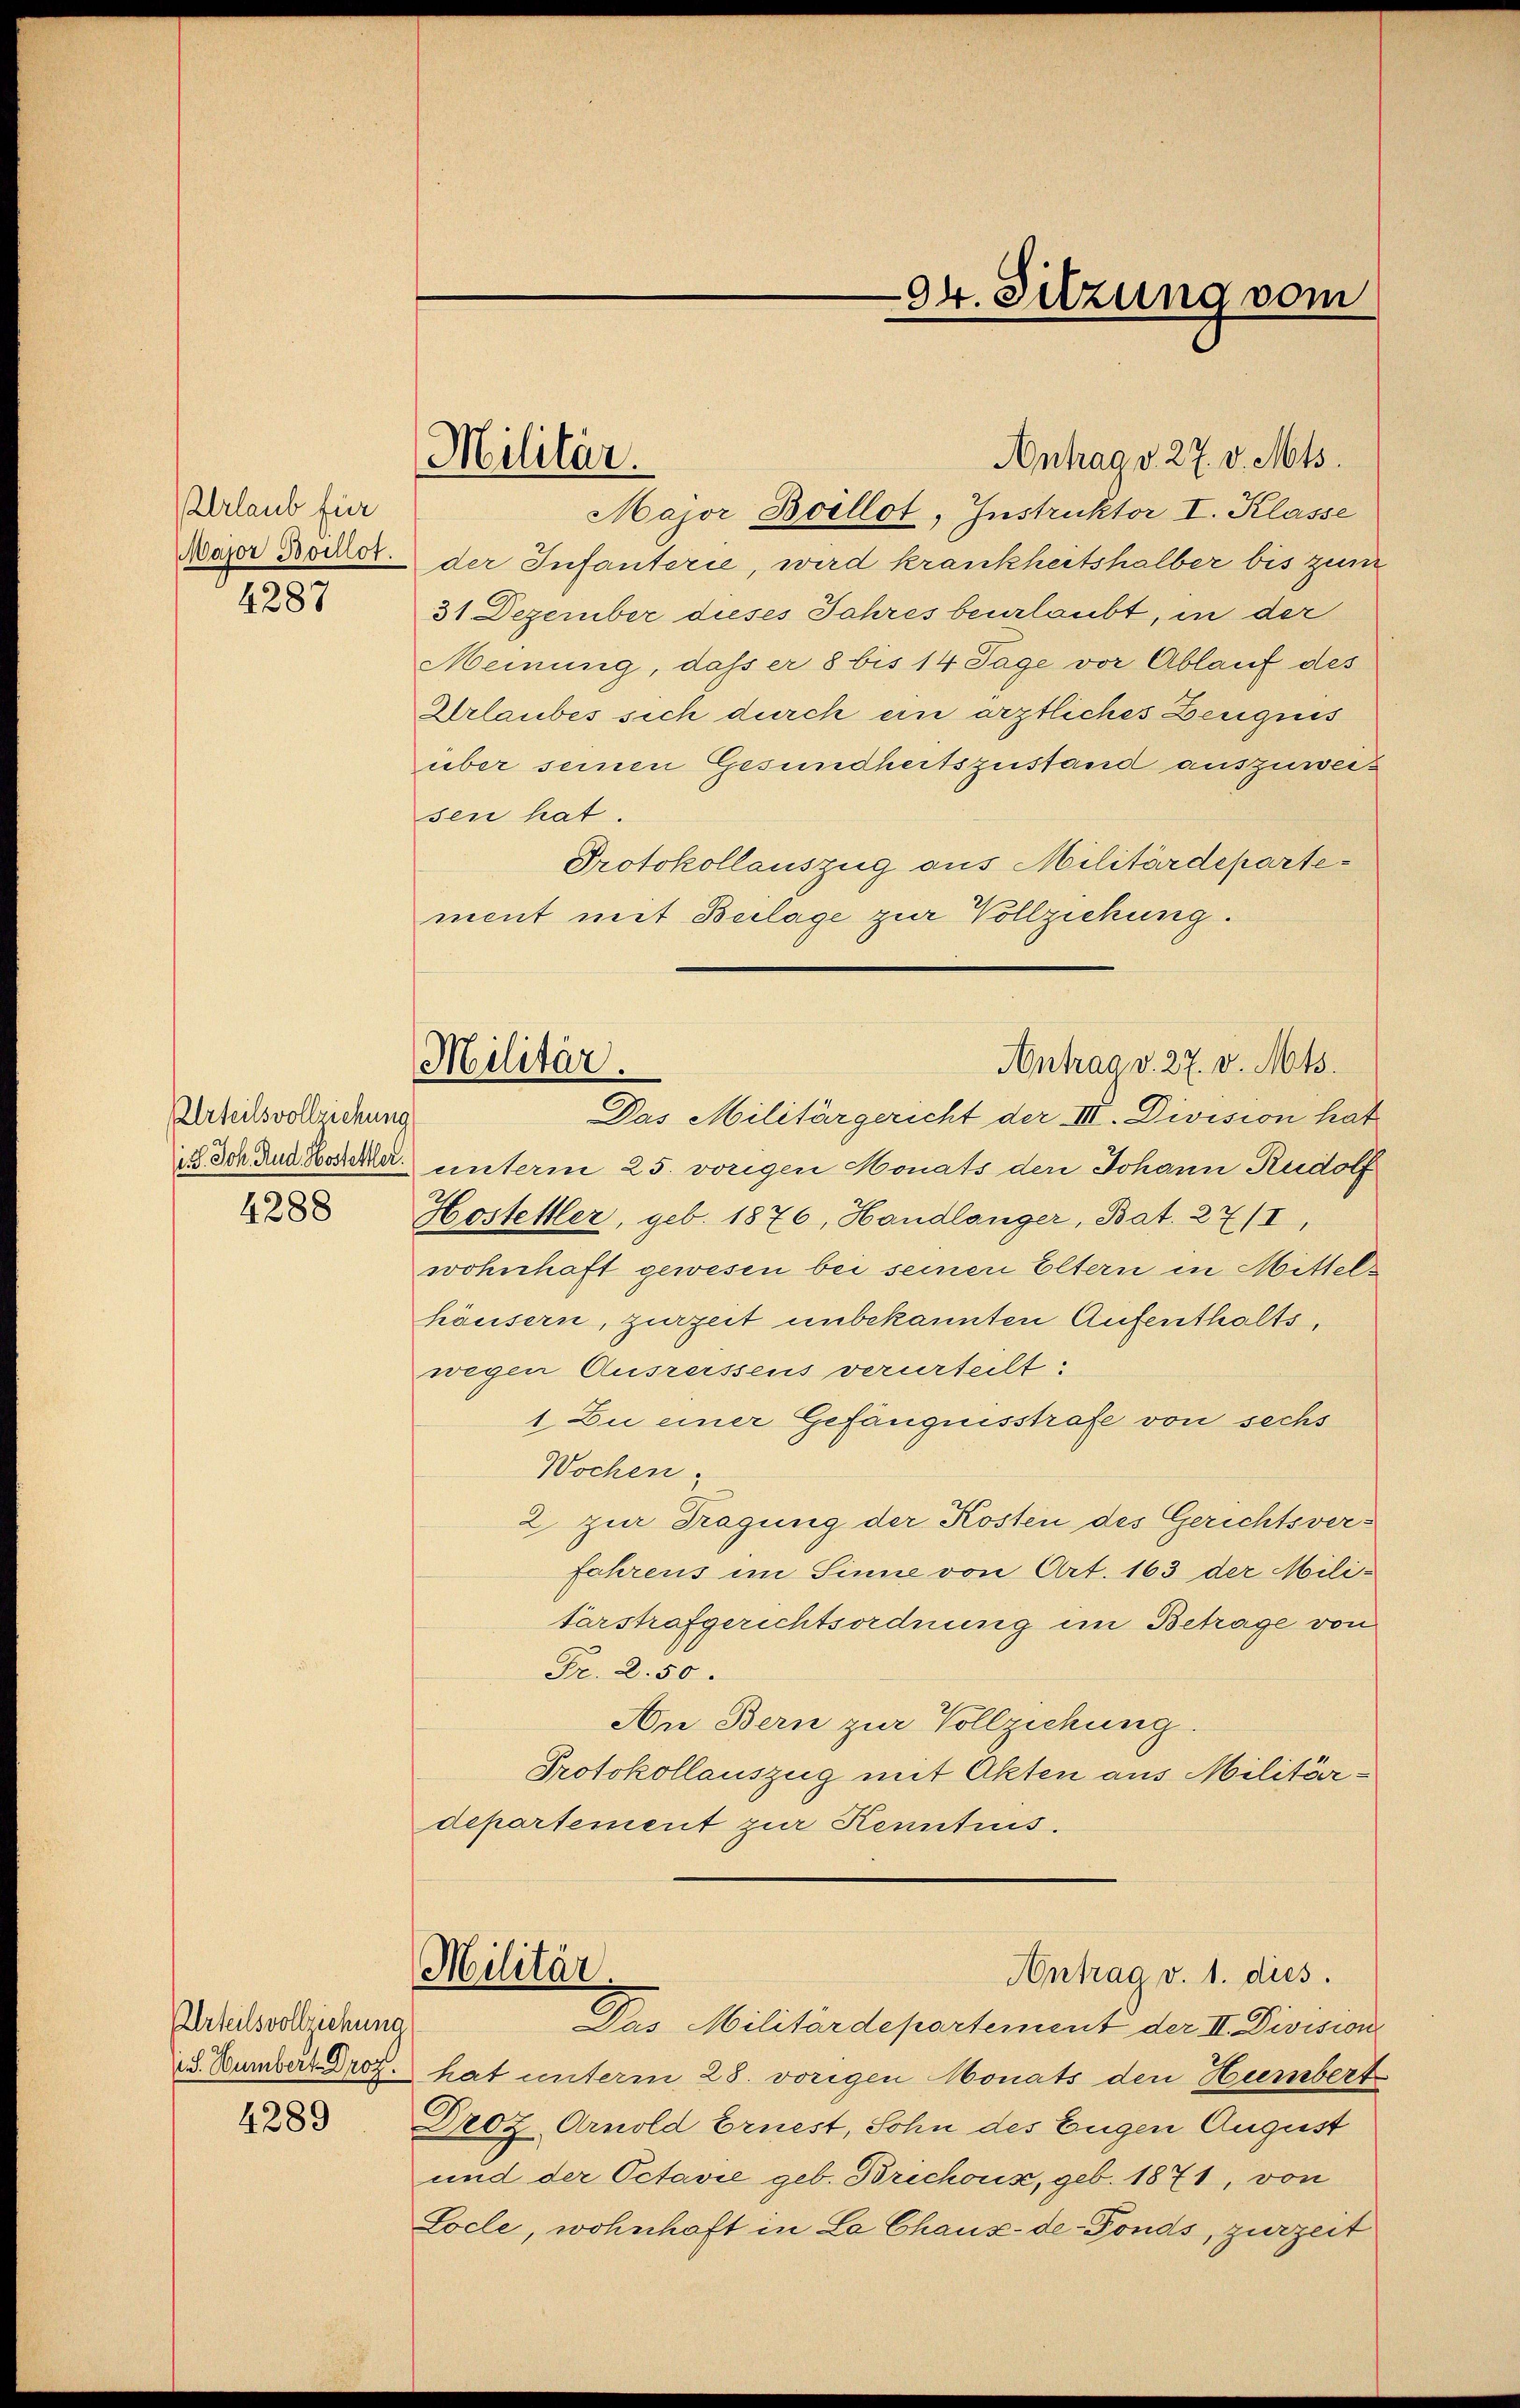
rlaub für
Major Boillot.
4287

Urteilsvollziehung
4288

Urteilsvollziehung
S. Humbert Dr.
4289

Militär.

Antrag v. 27. v. Mts.
Major Boillot, Instruktor I. Klasse
der Infanterie, wird krankheitshalber bis zum
31 Dezember dieses Jahres beurlaubt, in der
Meinung, dass er 8 bis 14 Tage vor Ablauf des
Urlaubes sich durch ein ärztliches Zeugnis
über seinen Gesundheitszustand auszuweis
sen hat.
Protokollauszug aus Militärdepartement mit Beilage zur Vollziehung.
ich ich den Both unterm 25. vorgen Monats den Johann Rudolf
Hosteller, geb. 1876, Handlänger, Bat. 27/I,
wohnhaft gewesen bei seinen Eltern in Mittelhäusern, zurzeit unbekannten Aufenthalts,
wegen Ausreissens verurteilt:
1. Zu einer Gefängnisstrafe von sechs
Wochen.
2 zur Tragung der Kosten des Gerichtsverfahrens im Sinne von Art. 163 der Militärstrafgerichtsordnung im Betrage von
Fr. 2. 50.
An Bern zur Vollziehung.
Protokollauszug mit Akten aus Militärdepartement zur Kenntnis.
Militär.
Antrag v. 1. dies
Pas Militärdepartement der II. Division
hat unterm 28. vorigen Monats den Hurnbert
Droz. Arnold Ernest, Sohn des Eugen August
und der Octavie geb. Brichoux, geb. 1871, von
Locle, wohnhaft in La Chaux-de-Fonds, zurzeit

94. Sitzung vom

Antrag v. 27. v. Mts.
Militär.
Das Militärgericht der III. Division hat